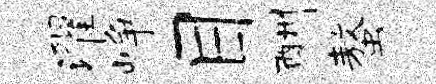
濯峥目酬螯